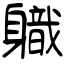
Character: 軄